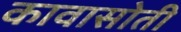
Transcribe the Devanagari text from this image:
कावासोती